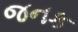
જનક